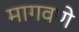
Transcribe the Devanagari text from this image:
मागवणे